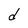
Character: d